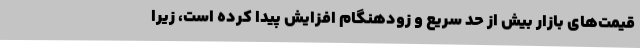
قیمت‌های بازار بیش از حد سریع و زودهنگام افزایش پیدا کرده است، زیرا